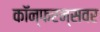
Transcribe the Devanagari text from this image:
कॉन्फरन्सवर